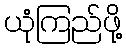
ယုံကြည်ဖို့